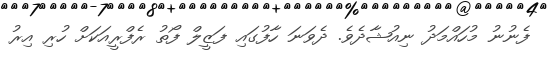
ފެނުނު މުހައްމަދު ނިއުޝާދެވެ. ދެވަނަ ހާފުގައި ފަޒީލް ފޯތު ރެފްރީއަކަށް ހުރި އިރު